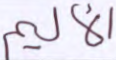
الأليم